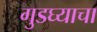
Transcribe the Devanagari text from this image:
गुडघ्याचा